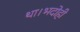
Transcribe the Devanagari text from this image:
था।भदोही